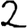
Digit: 2